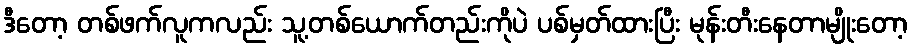
ဒီတော့ တစ်ဖက်လူကလည်း သူ့တစ်ယောက်တည်းကိုပဲ ပစ်မှတ်ထားပြီး မုန်းတီးနေတာမျိုးတော့